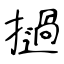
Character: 撾